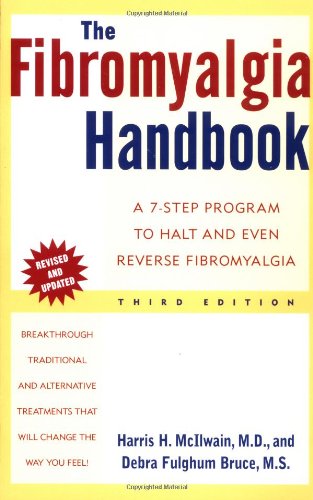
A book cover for The Fibromyalgia Handbook: A 7-Step Program to Halt and Even Reverse Fibromyalgia, 3rd Edition; Harris H. McIlwain; Health, Fitness & Dieting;